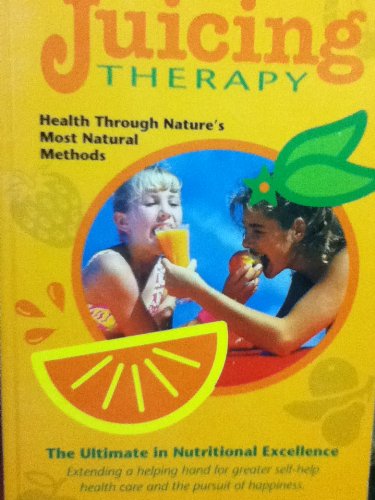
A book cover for Juicing Therapy (Dr. Jensen's Health handbook); Bernard Jensen; Cookbooks, Food & Wine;